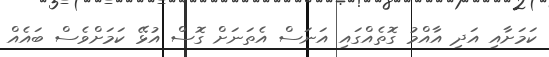
ކަމަށާއި އަދި އާއްމު ގޮތެއްގައި އަނަސް އެތަނަށް ގޮސް އުޅޭ ކަމަށްވެސް ބައެއް